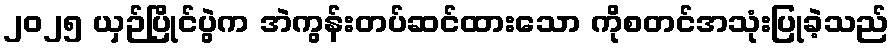
၂၀၂၅ ယှဉ်ပြိုင်ပွဲက အဲကွန်းတပ်ဆင်ထားသော ကိုစတင်အသုံးပြုခဲ့သည်